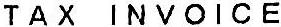
TAX INVOICE